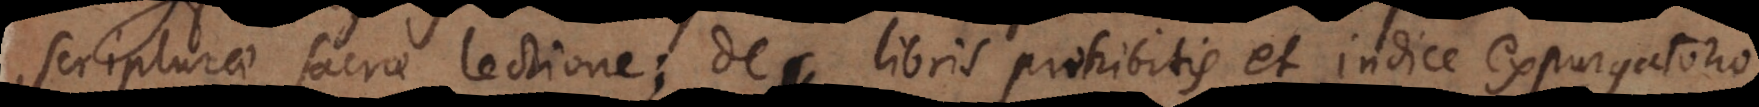
scripturae sacrae lectione; de libris prohibitis et indice expurgatorio,